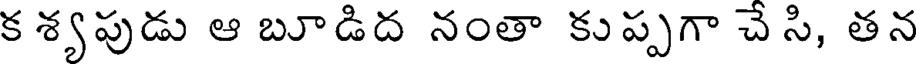
క శ్యపుడు ఆ బూడిద నంతా కుప్పగా చే సి, తన